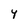
Character: y